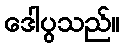
ဒေါပွသည်။